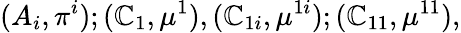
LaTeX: (A_{i},\pi^{i});(\mathbb{C}_{1},\mu^{1}),(\mathbb{C}_{1i},\mu^{1i});(\mathbb{C}_{11},\mu^{11}),